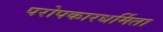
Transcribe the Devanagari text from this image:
परोपकारधर्मिता